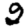
Digit: 2